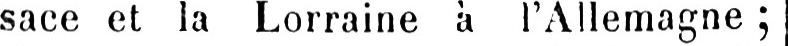
sace et la Lorraine à l’Allemagne;